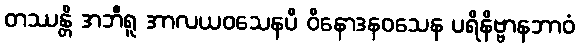
တဿန္တိ အဘီရူ အာလယဝသေနပိ ဝိနောဒနဝသေန ပရိနိဗ္ဗာနဘာဝံ